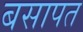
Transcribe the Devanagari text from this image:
बसापत